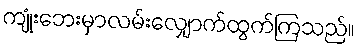
ကျုံးဘေးမှာလမ်းလျှောက်ထွက်ကြသည်။